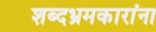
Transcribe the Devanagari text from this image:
शब्दभ्रमकारांना